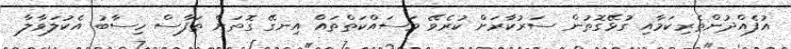
އުފެއްދުންތެރިކަމާއި ގުޅޭގޮތުން ސަރުކާރަށް ކުރެވޭ މަސައްކަތްތައް އިނގޭ ގޮތަށް ތަފާސް ހިސާބު އެކުލަވާލާ